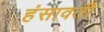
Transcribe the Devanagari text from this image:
हंसावती